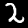
Digit: 2